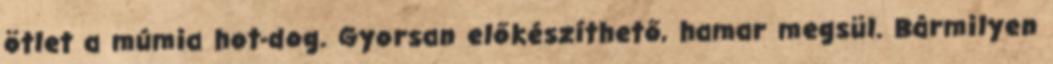
ötlet a múmia hot-dog. Gyorsan előkészíthető, hamar megsül. Bármilyen